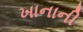
ખાનાની